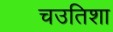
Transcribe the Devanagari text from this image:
चउतिशा